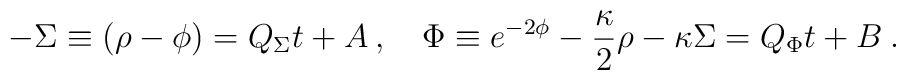
-\Sigma \equiv (\rho - \phi ) = Q_\Sigma t + A \>, \quad\Phi \equiv e^{-2\phi} -{\kappa \over 2}\rho -\kappa \Sigma = Q_\Phi t + B \>.